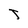
Character: T